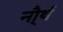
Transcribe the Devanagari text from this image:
नौ्र्थ